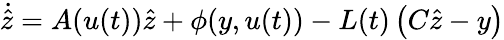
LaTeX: {\dot{\hat{z}}}=A(u(t)){\hat{z}}+\phi(y,u(t))-L(t)\left(C{\hat{z}}-y\right)